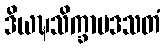
ဒိယဍ္ဎသိက္ခာပဒသတံ